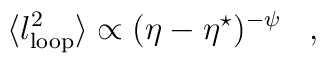
\langle l_{\rm loop}^2\rangle\propto(\eta-\eta^\star)^{-\psi}\,\,\,\,\,,\,\,\,\,\,